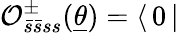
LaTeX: \mathcal{O}_{\bar{s}\bar{s}ss}^{\pm}(\underline{{{\theta}}})=\langle\, 0\, |\,